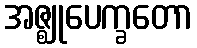
အဇ္ဈုပေက္ခတော